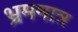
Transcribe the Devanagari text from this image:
भ्रममात्र